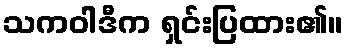
သကဝါဒီက ရှင်းပြထား၏။